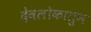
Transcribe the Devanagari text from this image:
देवलोकातुन